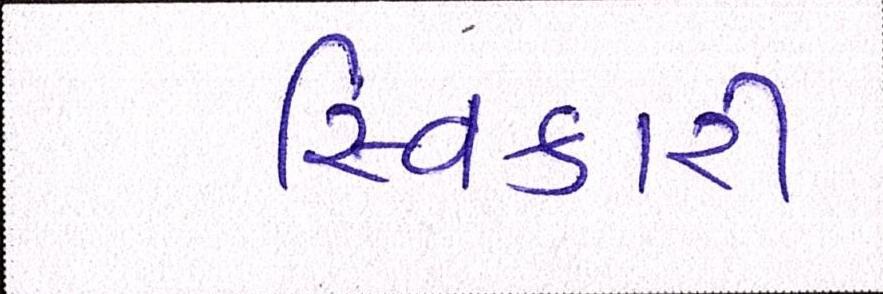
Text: સ્વિકારી